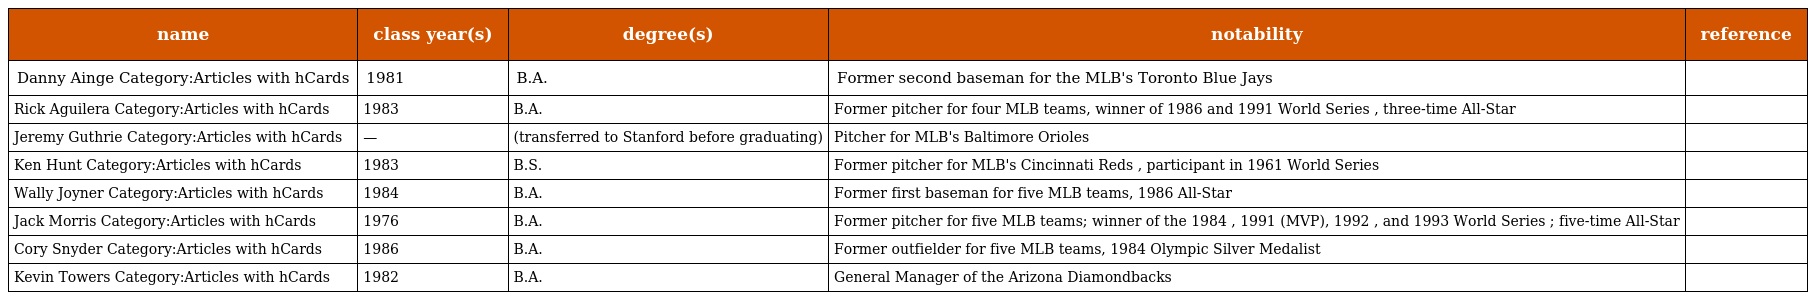
| name | class year(s) | degree(s) | notability | reference |
 | --- | --- | --- | --- | --- |
 | Danny Ainge Category:Articles with hCards | 1981 | B.A. | Former second baseman for the MLB's Toronto Blue Jays |  |
 | Rick Aguilera Category:Articles with hCards | 1983 | B.A. | Former pitcher for four MLB teams, winner of 1986 and 1991 World Series , three-time All-Star |  |
 | Jeremy Guthrie Category:Articles with hCards | — | (transferred to Stanford before graduating) | Pitcher for MLB's Baltimore Orioles |  |
 | Ken Hunt Category:Articles with hCards | 1983 | B.S. | Former pitcher for MLB's Cincinnati Reds , participant in 1961 World Series |  |
 | Wally Joyner Category:Articles with hCards | 1984 | B.A. | Former first baseman for five MLB teams, 1986 All-Star |  |
 | Jack Morris Category:Articles with hCards | 1976 | B.A. | Former pitcher for five MLB teams; winner of the 1984 , 1991 (MVP), 1992 , and 1993 World Series ; five-time All-Star |  |
 | Cory Snyder Category:Articles with hCards | 1986 | B.A. | Former outfielder for five MLB teams, 1984 Olympic Silver Medalist |  |
 | Kevin Towers Category:Articles with hCards | 1982 | B.A. | General Manager of the Arizona Diamondbacks |  |